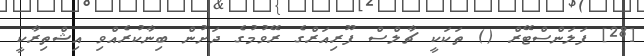
[28] ފަލަންސްޓޭރް () ތަކަކީ ޗާލްސް ފޫރިއަރްގެ ރޭވުމުގެ ދަށުން ބިނާކުރެއްވި އިޝްތިރާކީ